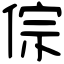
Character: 倧